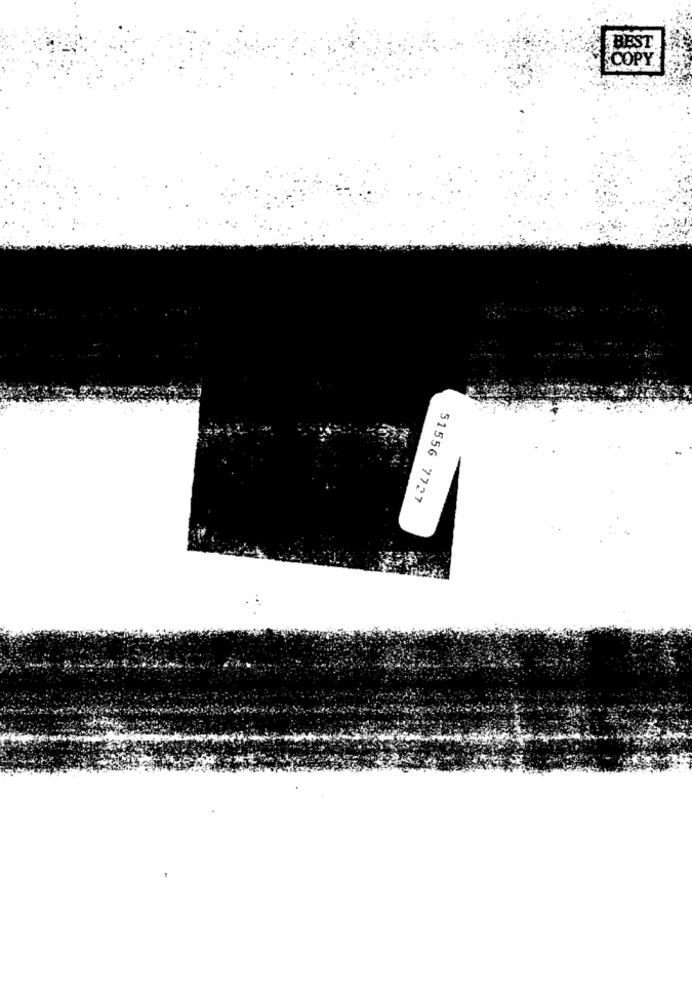
BEST
COPY
51556 7727